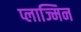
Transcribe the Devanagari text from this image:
प्लाज्मिन